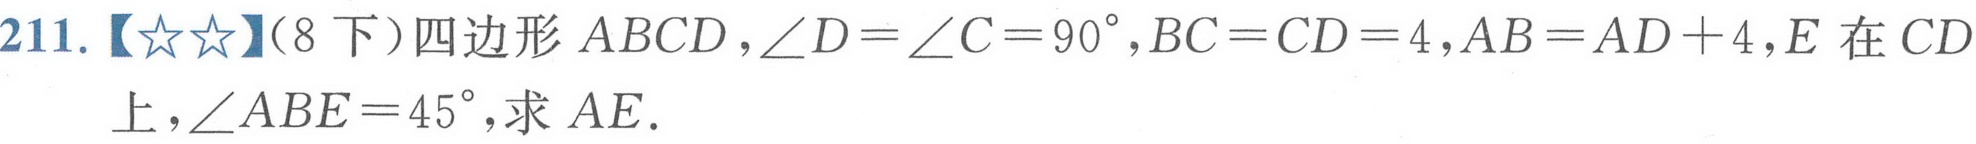
211.【★★】（8下）四边形\(ABCD\)，\(\angle D = \angle C = 90^{\circ}\)，\(BC = CD = 4\)，\(AB = AD + 4\)，\(E\)在\(CD\)上，\(\angle ABE = 45^{\circ}\)，求\(AE\)．